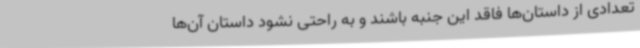
تعدادی از داستان‌ها فاقد این جنبه باشند و به راحتی نشود داستان آن‌ها